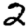
Digit: 2